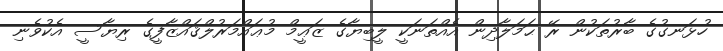
ހުޅަނގުގެ ބާރުތަކުން ރޭ ޙަމަލާދިން އެއްތަނަކީ ލީބިޔާގެ ޒަޢީމް މުޢައްމަރުލްޤައްޒާފީގެ ރިޔާސީ އެކުވެނި